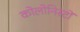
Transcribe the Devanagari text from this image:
कोलोनिस्टों